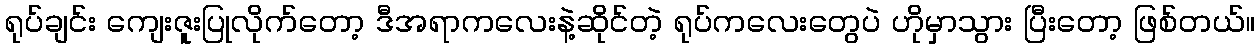
ရုပ်ချင်း ကျေးဇူးပြုလိုက်တော့ ဒီအရာကလေးနဲ့ဆိုင်တဲ့ ရုပ်ကလေးတွေပဲ ဟိုမှာသွား ပြီးတော့ ဖြစ်တယ်။